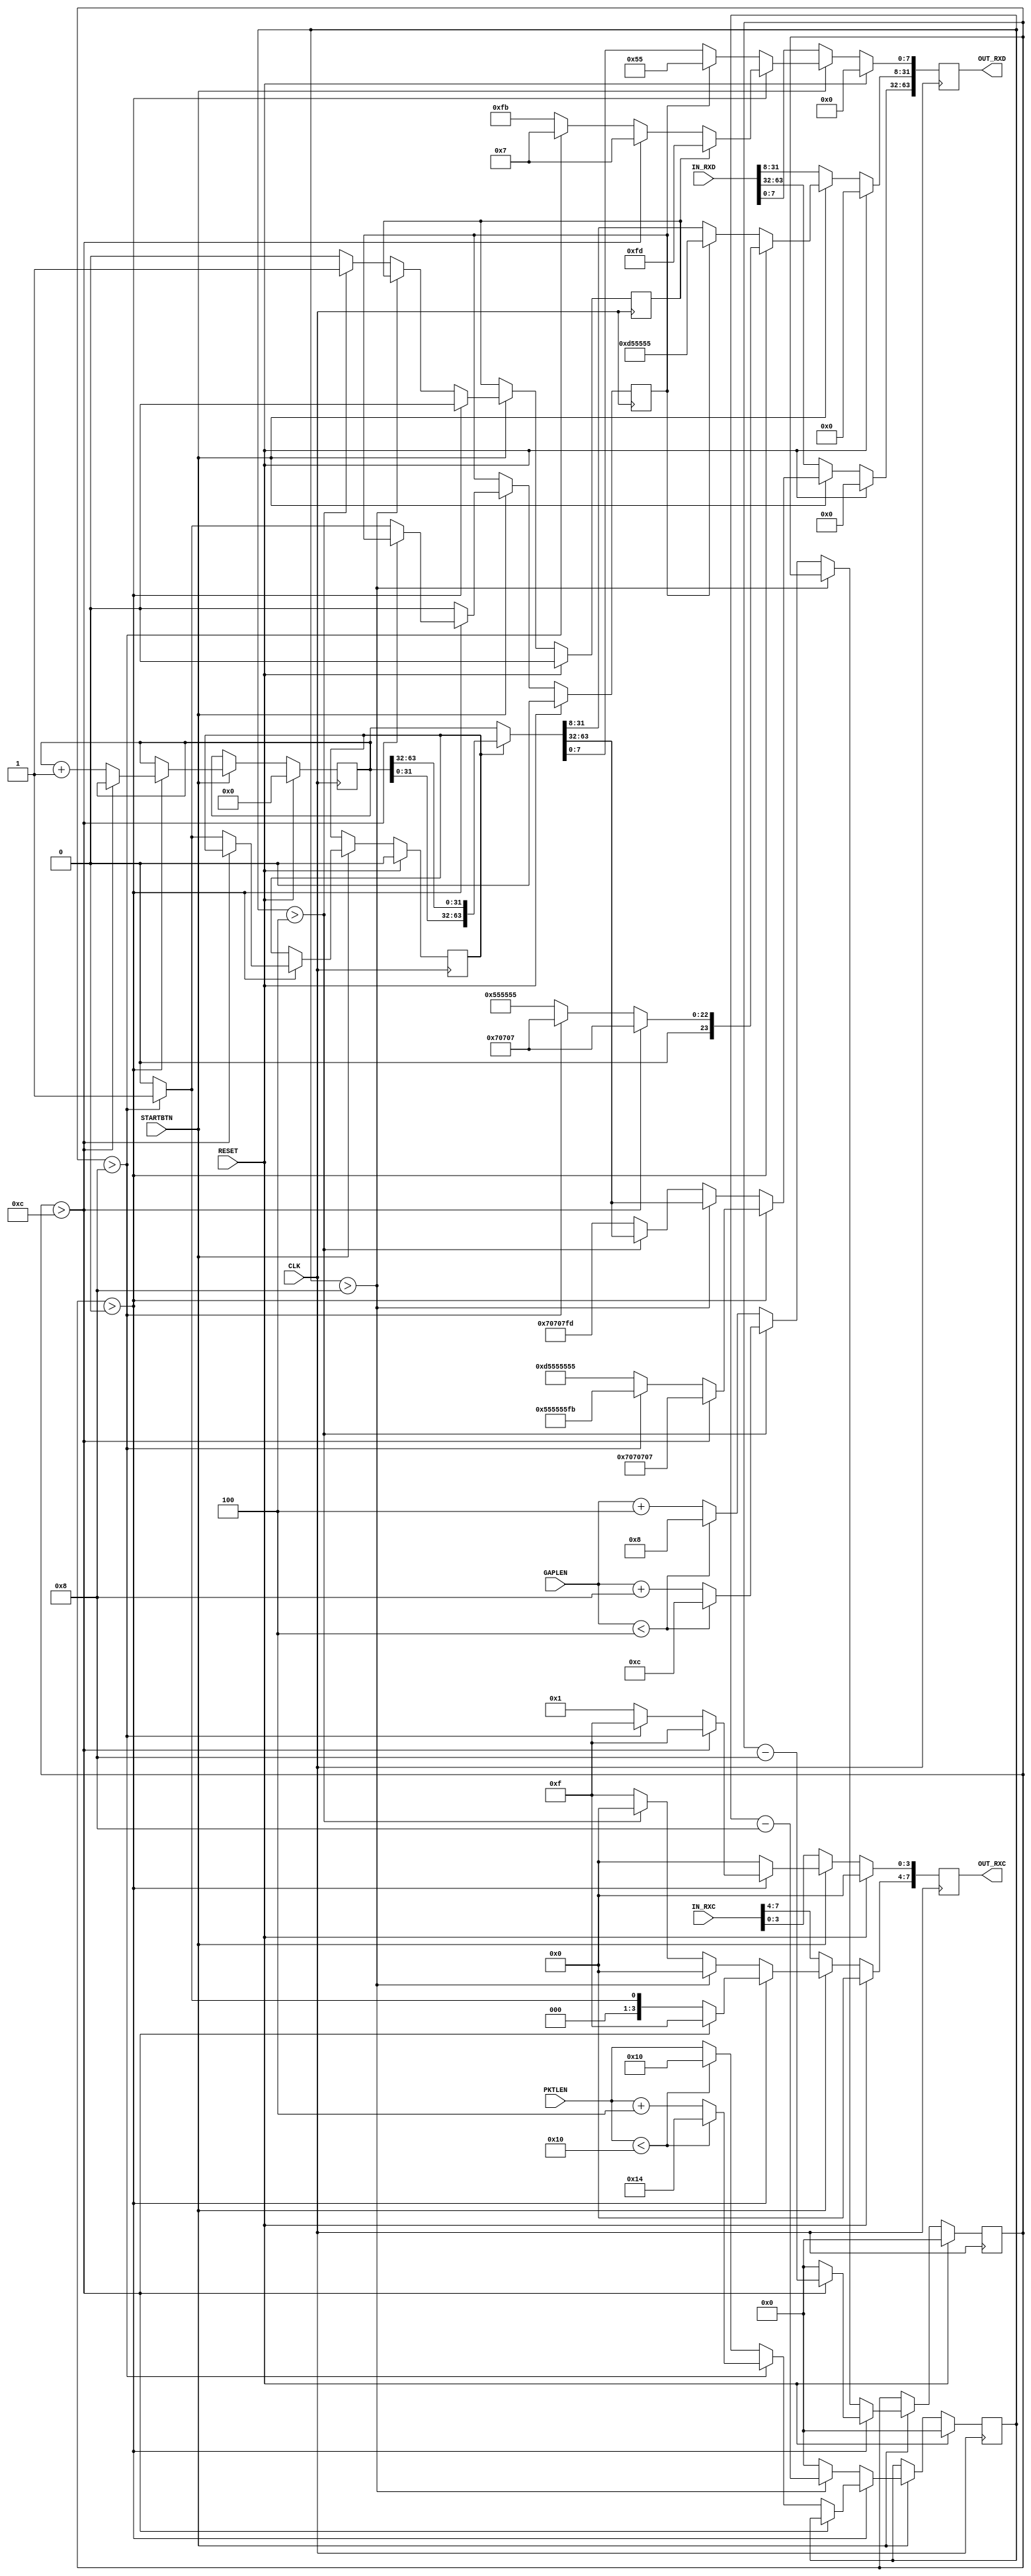

// Copyright (C) Akira Higuchi  ( https://github.com/ahiguti )
// Copyright (C) DeNA Co.,Ltd. ( https://dena.com )
// All rights reserved.
// See COPYRIGHT.txt for details

module testpat_xgmii_rx(
input CLK,
input RESET,
input STARTBTN,
input [15:0] PKTLEN,
input [15:0] GAPLEN,
input [63:0] IN_RXD,
input [7:0] IN_RXC,
output [63:0] OUT_RXD,
output [7:0] OUT_RXC
);

reg [63:0] rxd;
reg [7:0] rxc;
reg [15:0] gap_rem;   // 
reg first_gap;        // (8'hfd)
reg [15:0] len_rem;   // 
reg half_delay;       // 
reg first_half_delay; // 
reg [63:0] cnt;

assign OUT_RXD = rxd;
assign OUT_RXC = rxc;

always @(posedge CLK) begin
    if (RESET) begin
        rxd <= 0;
        rxc <= 0;
        gap_rem <= 0;
        first_gap <= 0;
        len_rem <= 0;
        half_delay <= 0;
        first_half_delay <= 0;
        cnt <= 0;
    end else begin
        rxd <= 64'h0707070707070707;
        rxc <= 8'b11111111;
        if (STARTBTN) begin
            if (gap_rem > 0) begin
                if (gap_rem > 12) begin
                    gap_rem <= gap_rem - 8;
                end else if (gap_rem > 8) begin
                    rxd <= 64'h555555fb07070707;
                    rxc <= 8'b00011111;
                    gap_rem <= 0;
                    half_delay <= 1;
                    first_half_delay <= 1;
                    len_rem <= PKTLEN < 16 ? 20 : PKTLEN + 4;
                    cnt <= cnt + 1;
                end else begin
                    rxd <= 64'hd5555555555555fb;
                    rxc <= 8'b00000001;
                    gap_rem <= 0;
                    half_delay <= 0;
                    first_half_delay <= 0;
                    len_rem <= PKTLEN < 16 ? 16 : PKTLEN;
                    cnt <= cnt + 1;
                end
                if (first_gap) begin
                    rxd[7:0] <= 8'hfd;
                    first_gap <= 0;
                end
            end else begin
                rxd <= half_delay ? { cnt[31:0], cnt[63:32] } : cnt;
                rxc <= 8'b00000000;
                if (len_rem > 8) begin
                    len_rem <= len_rem - 8;
                end else if (len_rem > 4) begin
                    len_rem <= 0;
                    gap_rem <= GAPLEN < 4 ? 12 : GAPLEN + 8;
                    first_gap <= 1;
                end else begin
                    rxd[63:32] <= 32'h070707fd;
                    rxc[7:4]  <= 8'b1111;
                    len_rem <= 0;
                    gap_rem <= GAPLEN < 4 ? 8 : GAPLEN + 4;
                    first_gap <= 0;
                end
                if (first_half_delay) begin
                    rxd[31:0] <= 32'hd5555555;
                    first_half_delay <= 0;
                end
            end
        end else begin
            rxd <= IN_RXD;
            rxc <= IN_RXC;
        end
    end
end


endmodule